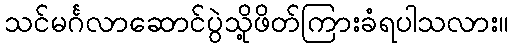
သင်မင်္ဂလာဆောင်ပွဲသို့ဖိတ်ကြားခံရပါသလား။